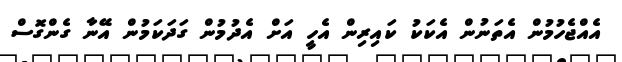
އެއްޖެހުމުން އެތަނުން އެކަކު ކައިރިން އެހީ އަށް އެދުމުން ގަދަކަމުން އޭނާ ގެންގޮސް